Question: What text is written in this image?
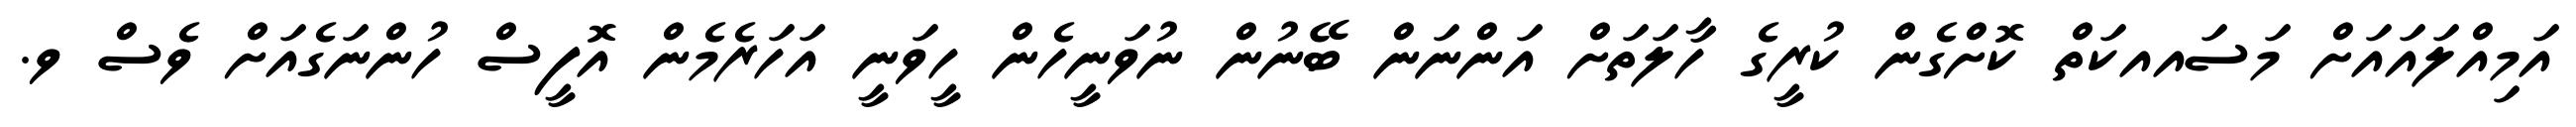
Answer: އަމިއްލައައަށް މަސައއކަތް ކޮށްގެން ކުރީގެ ހާލަތަށް އަންނަން ބޭނުން ނުވަނީހެން ހީވަނީ އަހަރެމެން އޮފީސް ހުންނަގެއަށް ވެސް ވ.